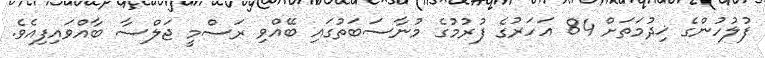
ފުލުހުންގެ ޚިދުމަތަށް 84 އަހަރުގެ ފުރުމުގެ މުނާސަބަތުގައި ބޭއްވި ރަސްމީ ޖަލްސާ ބާއްވައިފިއެވެ.